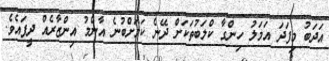
އަދަބު މިފަދަ އަމަލު ހިންގާ ކްލަބުތަކަށް ދޭނެ ކަމަށްބުނެ އާންމު އިންޒާރެއް ދީފައެވެ.